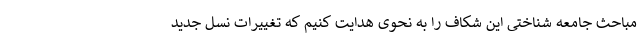
مباحث جامعه شناختی این شکاف را به نحوی هدایت کنیم که تغییرات نسل جدید